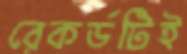
রেকর্ডটিই